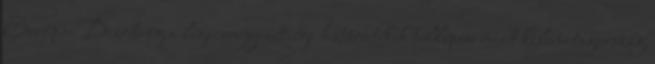
Európai Bizottság a légszennyezettségi határértékek túllépése miatt kilenc tagország